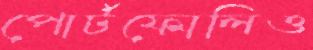
পোর্টফোলিও